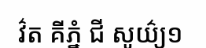
វ៌ត គីភ្នំ ជី សូយ៌្យ១